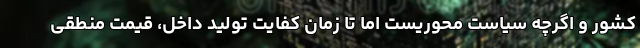
کشور و اگرچه سیاست محوریست اما تا زمان کفایت تولید داخل، قیمت منطقی